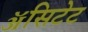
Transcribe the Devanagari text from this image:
ॲसिटेट